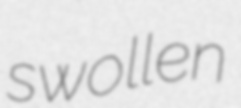
swollen